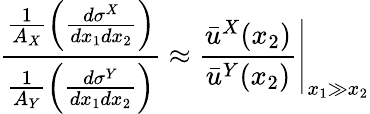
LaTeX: \frac{\frac{1}{A_{X}}\left(\frac{d\sigma^{X}}{dx_{1}dx_{2}}\right)}{\frac{1}{A_{Y}}\left(\frac{d\sigma^{Y}}{dx_{1}dx_{2}}\right)}\approx\left.\frac{\bar{u}^{X}(x_{2})}{\bar{u}^{Y}(x_{2})}\right|_{x_{1}\gg x_{2}}